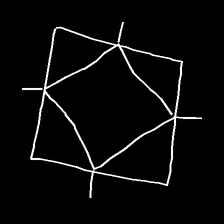
Glyph: light